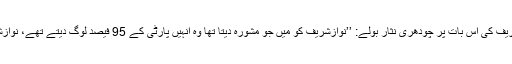
نوازشریف کی اس بات پر چودھری نثار بولے: ’’نوازشریف کو میں جو مشورہ دیتا تھا وہ انہیں پارٹی کے 95 فیصد لوگ دیتے تھے، نوازشریف!